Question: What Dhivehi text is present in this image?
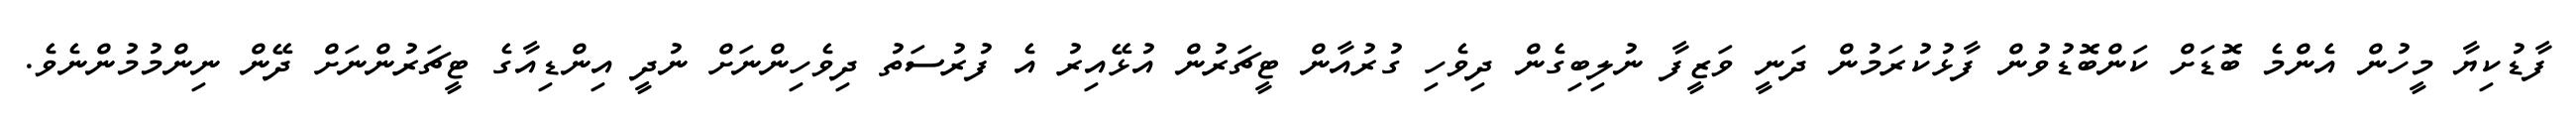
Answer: ފާޑުކިޔާ މީހުން އެންމެ ބޮޑަށް ކަންބޮޑުވުން ފާޅުކުރަމުން ދަނީ ވަޒީފާ ނުލިބިގެން ދިވެހި ގުރުއާން ޓީޗަރުން އުޅޭއިރު އެ ފުރުސަތު ދިވެހިންނަށް ނުދީ އިންޑިއާގެ ޓީޗަރުންނަށް ދޭން ނިންމުމުންނެވެ.